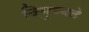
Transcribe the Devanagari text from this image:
विमुच्यते